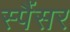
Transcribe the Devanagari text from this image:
स्पैंसर